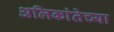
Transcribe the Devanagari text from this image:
अलिकांतेच्या